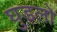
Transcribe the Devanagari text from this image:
घुड़लो